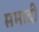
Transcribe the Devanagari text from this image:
समादी